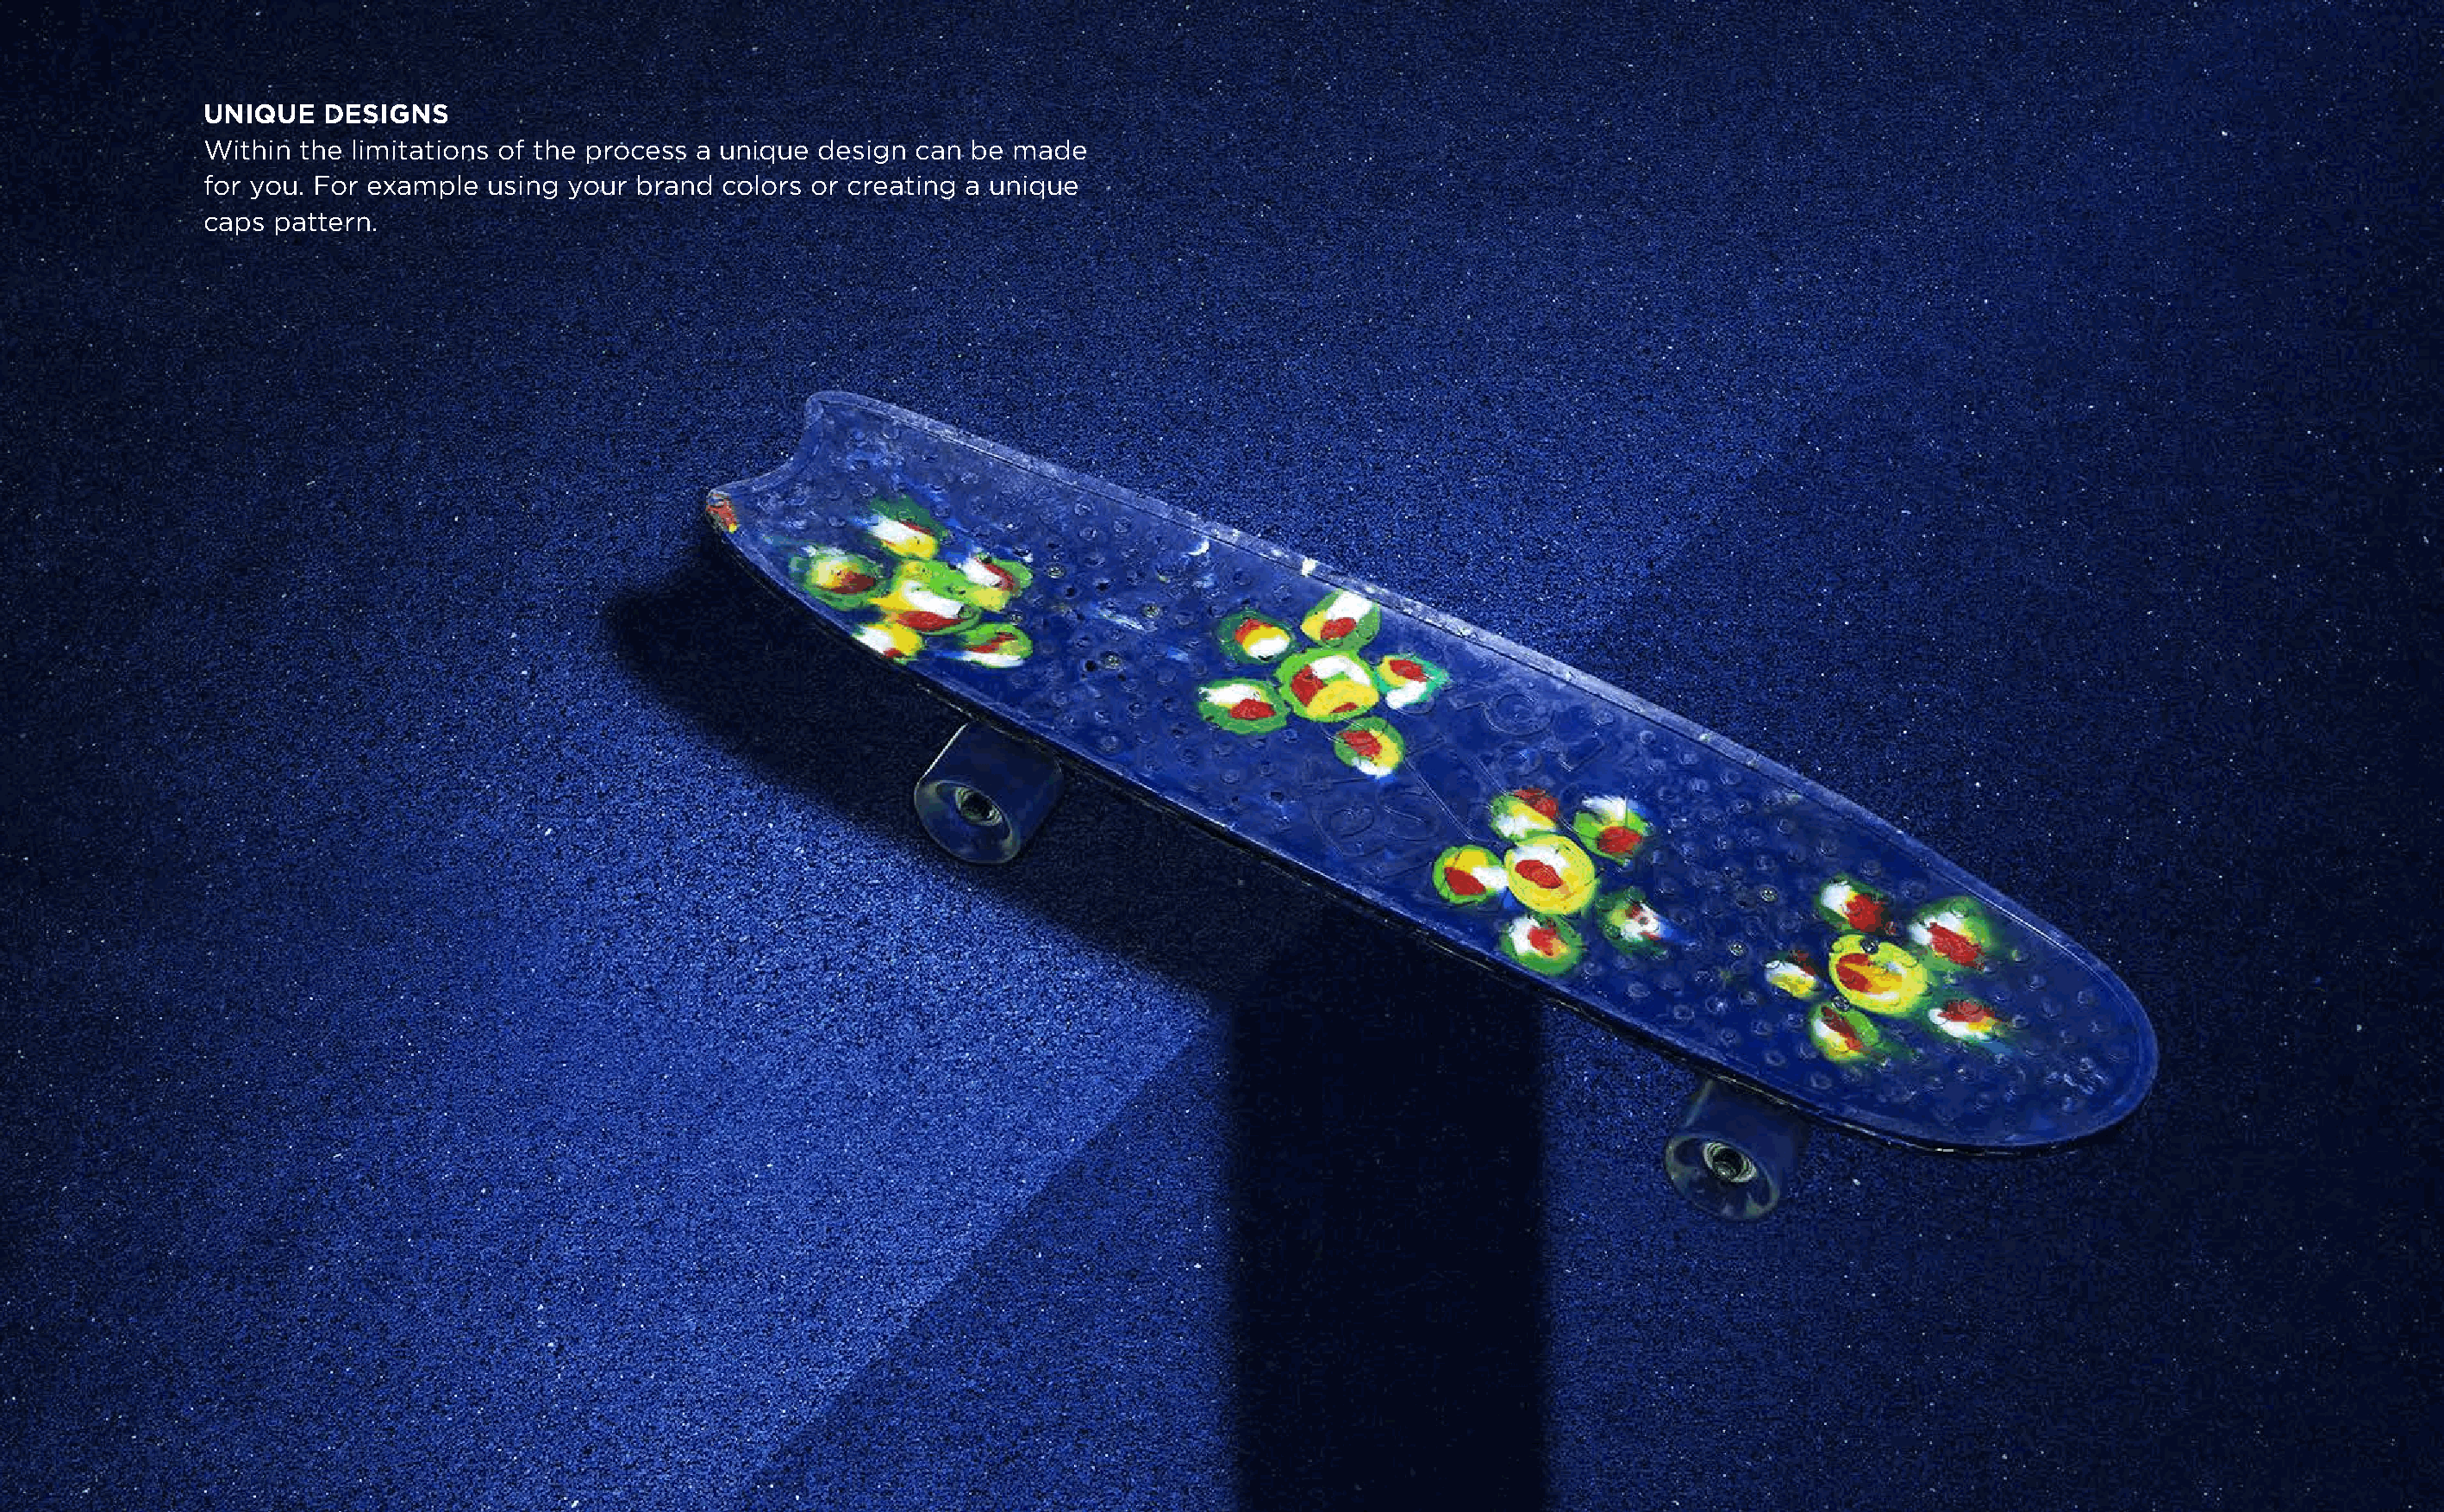
UNIQUE   DESIGNS
 Within the limitations of the process a unique design can  be made
 for you. For example using  your brand colors or creating a unique
 caps pattern.